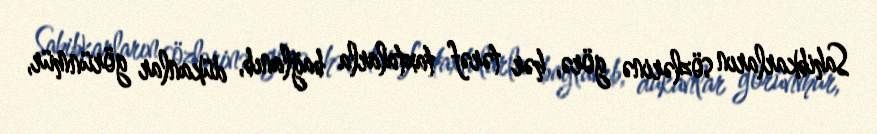
Sahibkarların sözlərinə görə, hər tərəf taxtalarla bağlanıb, dükanlar görünmür,